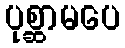
ပုစ္ဆာမပေ